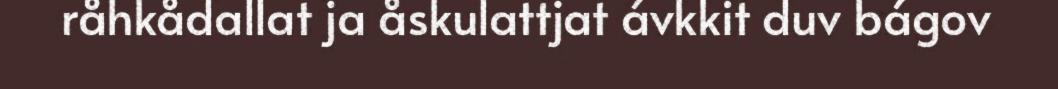
råhkådallat ja åskulattjat ávkkit duv bágov